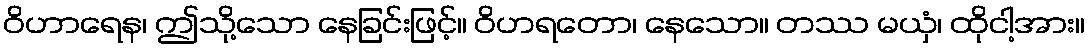
ဝိဟာရေန၊ ဤသို့သော နေခြင်းဖြင့်။ ဝိဟရတော၊ နေသော။ တဿ မယှံ၊ ထိုငါ့အား။